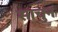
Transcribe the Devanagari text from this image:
साचुन